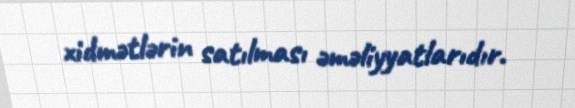
xidmətlərin satılması əməliyyatlarıdır.